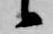
候